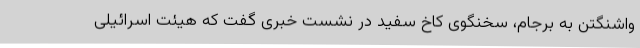
واشنگتن به برجام، سخنگوی کاخ سفید در نشست خبری گفت که هیئت اسرائیلی